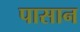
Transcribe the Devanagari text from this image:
पासान